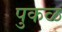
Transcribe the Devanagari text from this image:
पुकळ